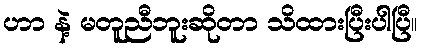
ဟာ နဲ့ မတူညီဘူးဆိုတာ သိထားပြီးပါပြီ။